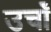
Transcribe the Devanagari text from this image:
उचॉं